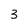
Character: 3